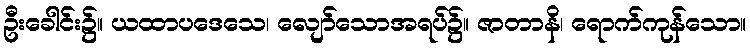
ဦးခေါင်း၌။ ယထာပဒေသေ၊ လျော်သောအရပ်၌။ ဇာတာနိ၊ ရောက်ကုန်သော။